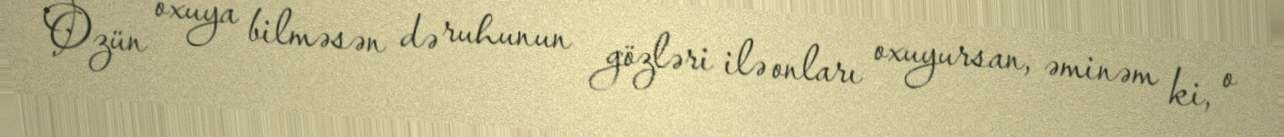
Özün oxuya bilməsən də ruhunun gözləri ilə onları oxuyursan, əminəm ki, o